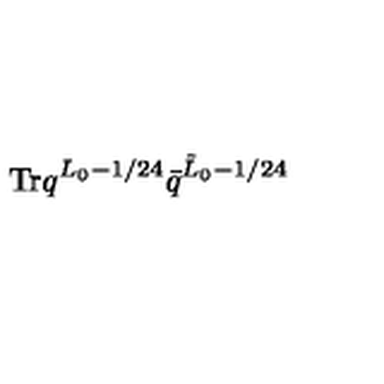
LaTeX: \mathrm { T r } q ^ { L _ { 0 } - 1 / 2 4 } \bar { q } ^ { \tilde { L } _ { 0 } - 1 / 2 4 }